Report on the cultivation and use of ganja
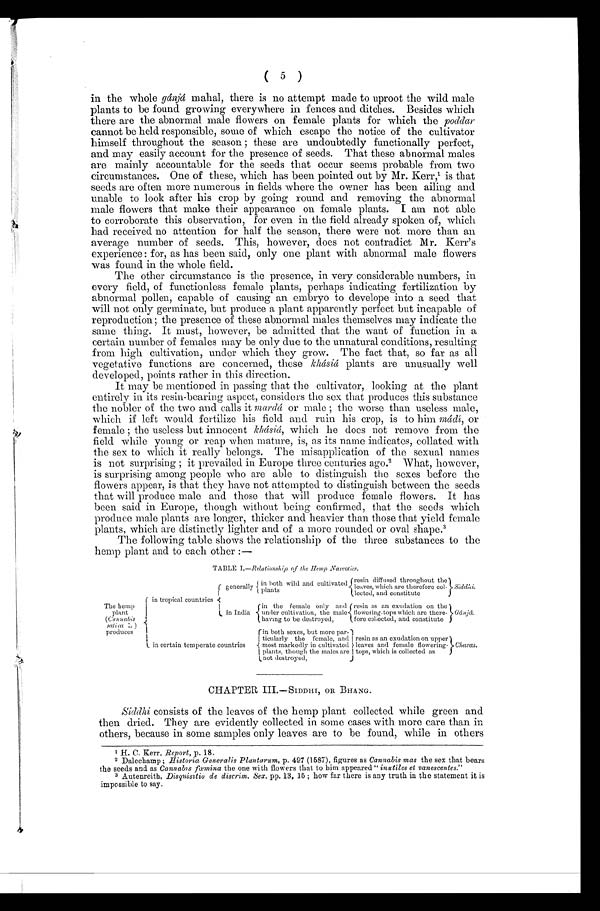
( 5 )
in the whole gánjá mahal, there is no attempt made to uproot the wild male
plants to be found growing everywhere in fences and ditches. Besides which
there are the abnormal male flowers on female plants for which the poddar
cannot be held responsible, some of which escape the notice of the cultivator
himself throughout the season ; these are undoubtedly functionally perfect,
and may easily account for the presence of seeds. That these abnormal males
are mainly accountable for the seeds that occur seems probable from two
circumstances. One of these, which has been pointed out by Mr. Kerr,1 i s t h a t
seeds are often more numerous in fields where the owner has been ailing and
unable to look after his crop by going round and removing the abnormal
male flowers that make their appearance on female plants. I am not able
to corroborate this observation, for even in the field already spoken of, which
had received no attention for half the season, there were not more than an
average number of seeds. This, however, does not contradict Mr. Kerr's
experience: for, as has been said, only one plant with abnormal male flowers
was found in the whole field.
The other circumstance is the presence, in very considerable numbers, in
every field, of functionless female plants, perhaps indicating fertilization by
abnormal pollen, capable of causing an embryo to develope into a seed that
will not only germinate, but produce a plant apparently perfect but incapable of
reproduction; the presence of these abnormal males themselves may indicate the
same thing. It must, however, be admitted that the want of function in a
certain number of females may be only due to the unnatural conditions, resulting
from high cultivation, under which they grow. The fact that, so far as all
vegetative functions are concerned, these khásiá plants are unusually well
developed, points rather in this direction.
It may be mentioned in passing that the cultivator, looking at the plant
entirely in its resin-bearing aspect, considers the sex that produces this substance
the nobler of the two and calls it m ardá or male ; the worse than useless male,
which if left would fertilize his field and ruin his crop, is to him mádi, or
female ; the useless but innocent kh ásiá, which he does not remove from the
field while young or reap when mature, is, as its name indicates, collated with
the sex to which it really belongs. The misapplication of the sexual names
is not surprising ; it prevailed in Europe three centuries ago. 2 What, however,
is surprising among people who are able to distinguish the sexes before the
flowers appear, is that they have not attempted to distinguish between the seeds
that will produce male and those that will produce female flowers. It has
been said in Europe, though without being confirmed, that the seeds which
produce male plants are longer, thicker and heavier than those that yield female
plants, which are distinctly lighter and of a more rounded or oval shape. 3
The following table shows the relationship of the three substances to the
hemp plant and to each other :—
TABLE I.—Relationship of the Hemp Narcotics.
The hemp
plant
(Cannabis s a t i c a L
) p r o d u c e s
in tropical countries
generally in both wild and cultivated
plants
resin diffused throughout the
leaves, which are therefore col-
lected, and constitute
S i d d h i .
in India
in the female only and
under cultivation, the male
having to be destroyed,
resin as an exudation on the
flowering-tops which are there-
fore collected, and constitute
G á n j á .
in certain temperate countries
in both sexes, but more par-
ticularly the female, and
most markedly in cultivated
plants, though the males are
not destroyed,
resin as an exudation on upper
leaves and female flowering-
tops, which is collected as
Charas.
CHAPTER III.—SIDDHI, OR BHANG.
Siddhi consists of the leaves of the hemp plant collected while green and
then dried. They are evidently collected in some cases with more care than in
others, because in some samples only leaves are to be found, while in others
1 H. C. Kerr, Report, p. 18.
2 Dalechamp ; Historia Generalis Plantarum, p. 497 (1587), figures as Cannabis mas the sex that bears
the seeds and as Cannabrs fœmina the one with flowers that to him appeared " inutiles et vanescentes."
3 Autenreith, Disquisitio de diserim. Sex. pp. 13, 15 ; how far there is any truth in the statement it is
impossible to say.